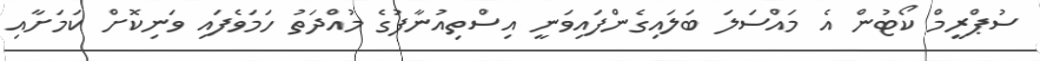
ސުޕްރީމް ކޯޓުން އެ މައްސަަލަ ބަލައިގެންފައިވަނީ އިސްތިއުނާފުގެ މުއްދަތު ހަމަވެފައި ވަނިކޮށް ކަމަށާއި